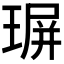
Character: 𤧅